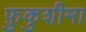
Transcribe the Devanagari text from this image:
फ़ुकुशीमा